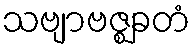
သဗျာဗဇ္ဈခတံ